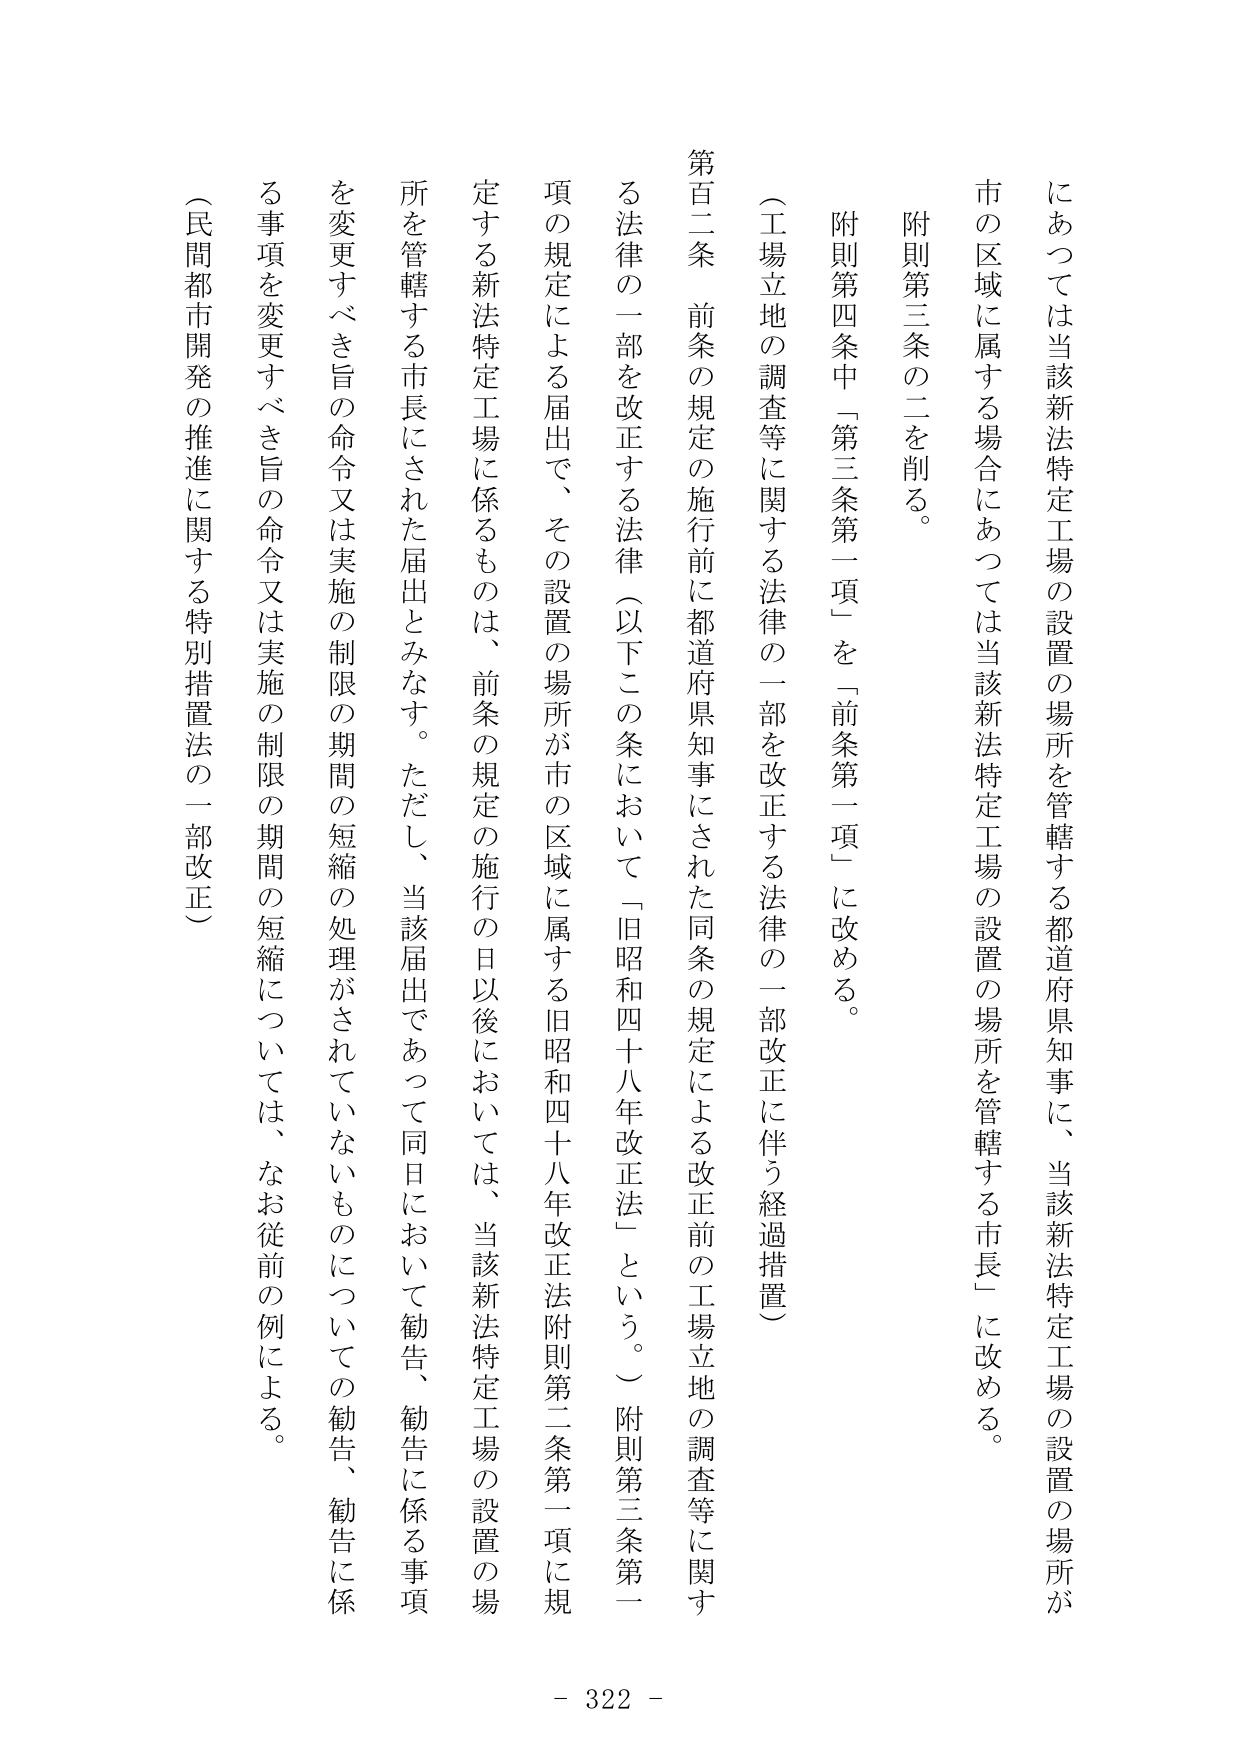
にあっては当該新法特定工場の設置の場所を管轄する都道府県知事に、当該新法特定工場の設置の場所が市の区域に属する場合にあっては当該新法特定工場の設置の場所を管轄する市長」に改める。

附則第三条の二を削る。

附則第四条中「第三条第一項」を「前条第一項」に改める。

（工場立地の調査等に関する法律の一部を改正する法律の一部改正に伴う経過措置）

第百二条 前条の規定の施行前に都道府県知事にされた同条の規定による改正前の工場立地の調査等に関する法律の一部を改正する法律（以下この条において「旧昭和四十八年改正法」という。）附則第三条第一項の規定による届出で、その設置の場所が市の区域に属する旧昭和四十八年改正法附則第二条第一項に規定する新法特定工場に係るものは、前条の規定の施行の日以後においては、当該新法特定工場の設置の場所を管轄する市長にされた届出とみなす。ただし、当該届出であって同日において勧告、勧告に係る事項を変更すべき旨の命令又は実施の制限の期間の短縮の処理がされていないものについての勧告、勧告に係る事項を変更すべき旨の命令又は実施の制限の期間の短縮については、なお従前の例による。

（民間都市開発の推進に関する特別措置法の一部改正）

- 322 -